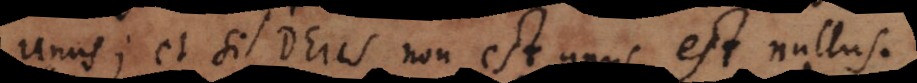
unus; et si Deus non est unus est nullus.